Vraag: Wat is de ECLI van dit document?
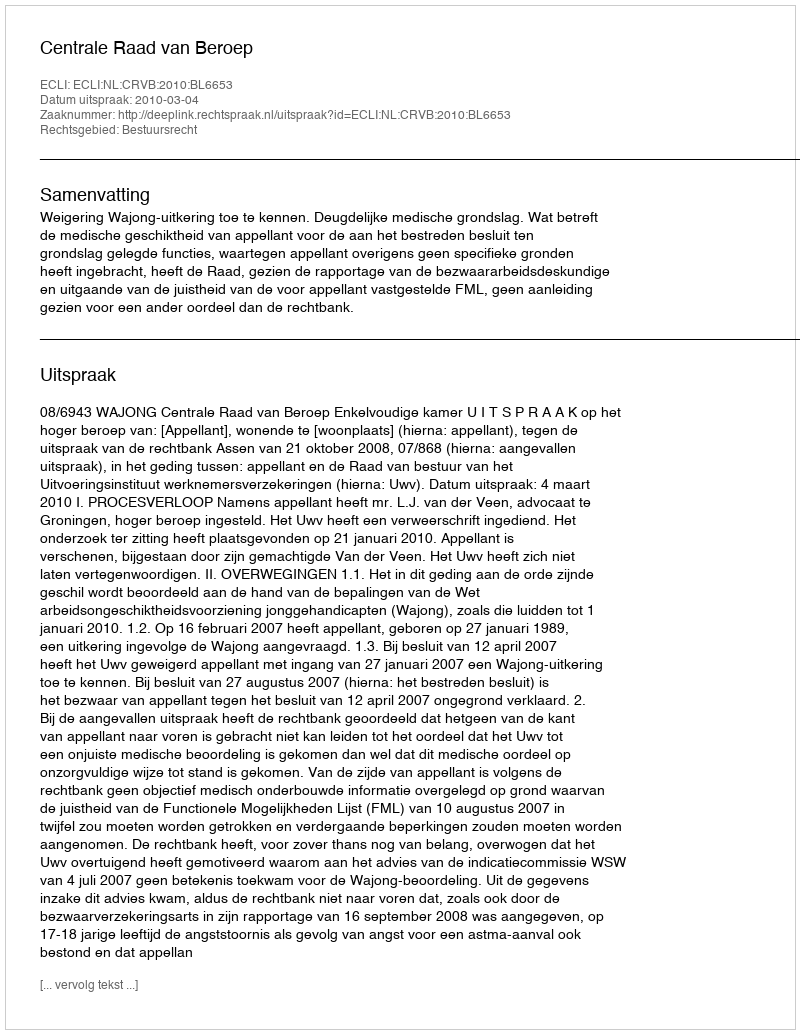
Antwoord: ECLI:NL:CRVB:2010:BL6653